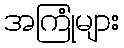
အကြုံများ